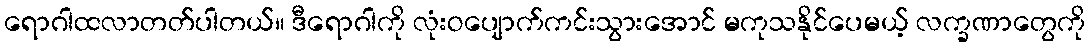
ရောဂါထလာတတ်ပါတယ်။ ဒီရောဂါကို လုံးဝပျောက်ကင်းသွားအောင် မကုသနိုင်ပေမယ့် လက္ခဏာတွေကို